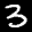
Label: 3